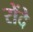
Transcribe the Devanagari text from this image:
रोंदे